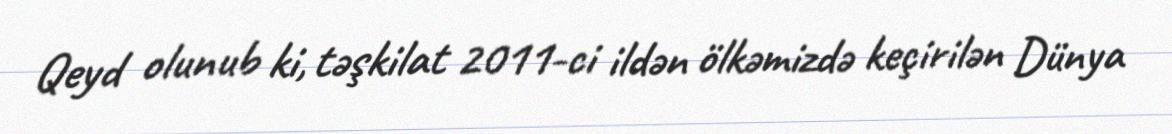
Qeyd olunub ki, təşkilat 2011-ci ildən ölkəmizdə keçirilən Dünya